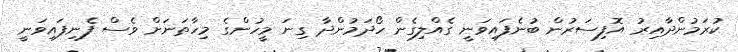
ކުރަމުންދާއިރު އޮފިސަރުން ބުނެފައިވަނީ ގެއްލިގެން ހޯދަމުންދާ ގިނަ މީހުންގެ މިހާތަނަށް ވެސް ފެނިފައިވަނީ